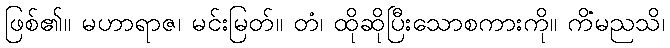
ဖြစ်၏။ မဟာရာဇ၊ မင်းမြတ်။ တံ၊ ထိုဆိုပြီးသောစကားကို။ ကိံမညသိ၊